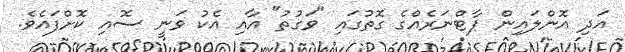
އަދި އޮންލައިން ޕާޓްނަރެއްގެ ގޮތުގައި "ވަގުތު" އާއި އެކު ވަނީ ސޮއި ކޮށްފައެވެ.